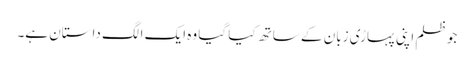
جو ظلم اپنی پہاڑی زبان کے ساتھ کیا گیا وہ ایک الگ داستان ہے۔